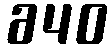
640